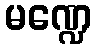
မဏ္ဍေ